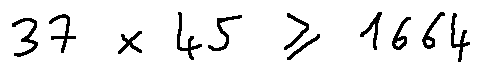
3 7 \times 4 5 \geq 1 6 6 4